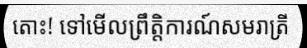
តោះ! ទៅមើលព្រឹត្តិការណ៍សមរាត្រី